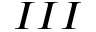
I I I